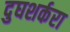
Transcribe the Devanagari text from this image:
दुघशर्करा